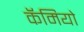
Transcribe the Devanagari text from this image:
कॅमियो